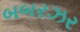
બબરઝર